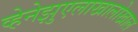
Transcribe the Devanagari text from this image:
व्हेनेझुएलाखालोखाल